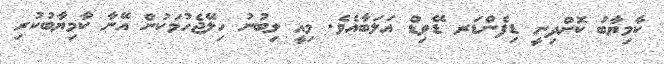
ކާމިޔާބު ކޮށްދިނީ ޑިފެންޑަރ ޑޭވިޑް އަލަބާއެވެ. މިއީ ލިބުނު ހިލޭޖެހުމަކުން އޭނާ ކާމިޔާބުކުރި